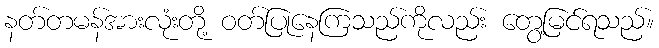
နတ်တမန်အားလုံးတို့ ဝတ်ပြုနေကြသည်ကိုလည်း တွေ့မြင်ရသည်။